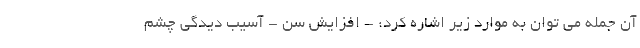
آن جمله می توان به موارد زیر اشاره کرد: - افزایش سن - آسیب دیدگی چشم